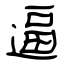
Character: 逼